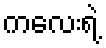
ကလေးရဲ့